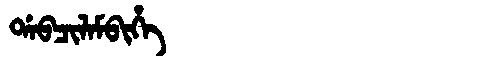
Manchu: ᡩᠠᠪᠴᡳᠯᠠᠮᠪᡳᡥᡝ
Romanization: DABCILAMBIHE